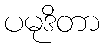
ပမုဒိတာ